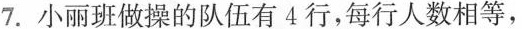
7.小丽班做操的队伍有4行，每行人数相等，